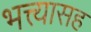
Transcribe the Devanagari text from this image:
भत्त्यासह